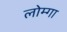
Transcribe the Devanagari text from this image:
लोम्गा